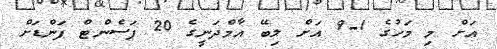
އަށް މި މަހުގެ 1-9 އަށް ލިބޭ އާމްދަނީގެ 20 ޕަސެންޓް ފަންޑަށް